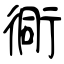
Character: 衕